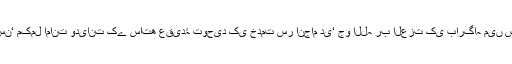
انبیاء﷩ نے بطریق احسن‘ مکمل امانت ودیانت کے ساتھ عقیدۂ توحید کی خدمت سر انجام دی‘ جو اللہ رب العزت کی بارگاہ میں شرفِ قبولیت کر گئی۔